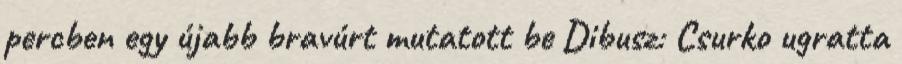
percben egy újabb bravúrt mutatott be Dibusz: Csurko ugratta